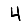
Digit: 4